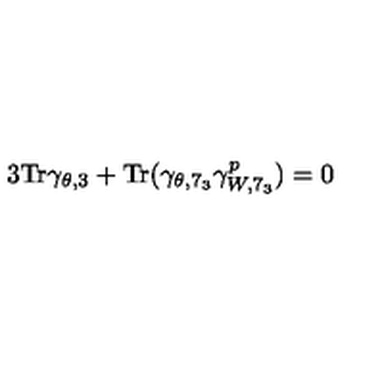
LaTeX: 3 \mathrm { T r } \gamma _ { \theta , 3 } + \mathrm { T r } ( \gamma _ { \theta , 7 _ { 3 } } \gamma _ { W , 7 _ { 3 } } ^ { p } ) = 0